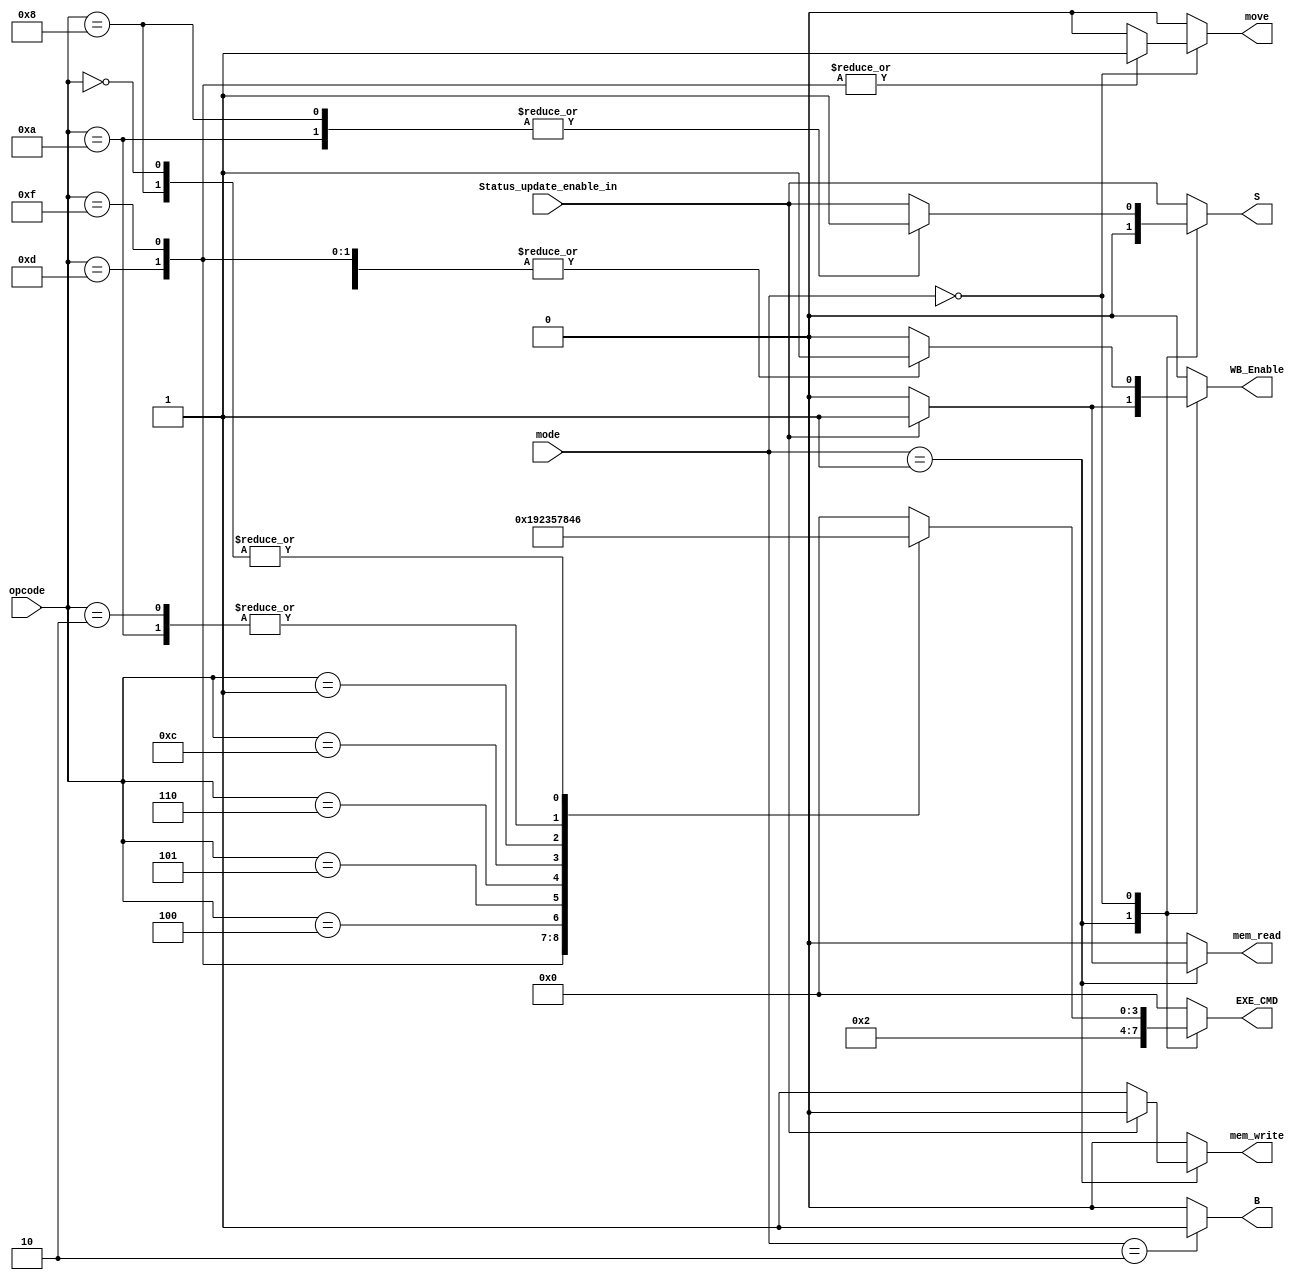
module ARM_ID_Control_Unit(
	input Status_update_enable_in,
	input [1 : 0]mode,
	input [3 : 0]opcode,
	output reg S, B, mem_write, mem_read, WB_Enable, move,
	output reg [3 : 0]EXE_CMD
);

always @(Status_update_enable_in, mode, opcode) begin
	{B, mem_write, mem_read, WB_Enable, move, EXE_CMD} = 9'b0;
	S = Status_update_enable_in;
	case(mode)
		2'b10 : B = 1;
		2'b01 : begin : LDR_STR
				EXE_CMD = 4'b0010;
				if(Status_update_enable_in) begin
					mem_read = 1;
					WB_Enable = 1;
                                        S = 1;
				end
				else
					mem_write = 1;
                                        S = 0;
				
			end
		2'b00 : begin
				case(opcode)
					4'b1101 : begin : MOV
							  EXE_CMD = 4'b0001;
					  		  WB_Enable = 1;
                                                          move = 1;
					  	  end
					4'b1111 : begin : MVN
							  EXE_CMD = 4'b1001;
					  		  WB_Enable = 1;
                                                          move = 1;
					  	  end
					4'b0100 : begin : ADD
							  EXE_CMD = 4'b0010;
					  		  WB_Enable = 1;
					  	  end
					4'b0101 : begin : ADC
							  EXE_CMD = 4'b0011;
					  		  WB_Enable = 1;
					  	  end
					4'b0010 : begin : SUB
							  EXE_CMD = 4'b0100;
					  		  WB_Enable = 1;
					  	  end
					4'b0110 : begin : SBC
							  EXE_CMD = 4'b0101;
					  		  WB_Enable = 1;
						  end
					4'b0000 : begin : AND
							  EXE_CMD = 4'b0110;
					  		  WB_Enable = 1;
					  	  end	
					4'b1100 : begin : OR
							  EXE_CMD = 4'b0111;
					  		  WB_Enable = 1;
					  	  end				  	
					4'b0001 : begin : EOR
							  EXE_CMD = 4'b1000;
					  		  WB_Enable = 1;
					  	  end	
					4'b1010 : begin : CMP
							  EXE_CMD = 4'b0100;
                                                          S = 1;
					  	  end	
					4'b1000 : begin : TST
							  EXE_CMD = 4'b0110;
                                                          S = 1;
					  	  end	
				endcase
			end
	endcase

end

endmodule